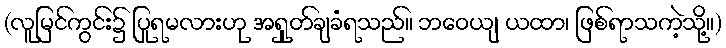
(လူမြင်ကွင်း၌ ပြုရမလားဟု အရှုတ်ချခံရသည်။ ဘဝေယျ ယထာ၊ ဖြစ်ရာသကဲ့သို့။)